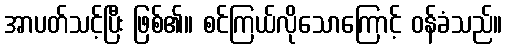
အာပတ်သင့်ပြီး ဖြစ်၏။ စင်ကြယ်လိုသောကြောင့် ဝန်ခံသည်။